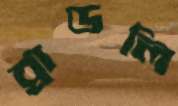
ব্রাডলি